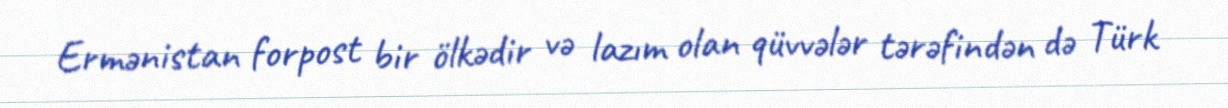
Ermənistan forpost bir ölkədir və lazım olan qüvvələr tərəfindən də Türk